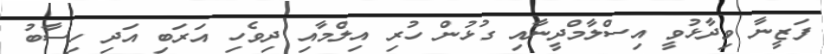
ފަޒީނާ ވިދާޅުވީ އިސްލާމްދީނާއި ގުޅުން ހުރި އިލްމާއި ދިވެހި އަރަބި އަދި ހިސާބު